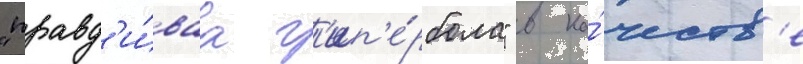
"правд'и́ваа г'ип'е́рбола" в ка́честв'е